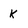
Character: k